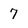
Character: 7